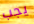
يجب